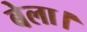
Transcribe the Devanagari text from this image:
बेला।